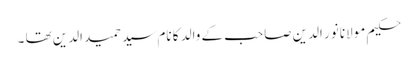
حکیم مولانا نور الدین صاحب کے والد کا نام سید حمید الدین تھا ۔